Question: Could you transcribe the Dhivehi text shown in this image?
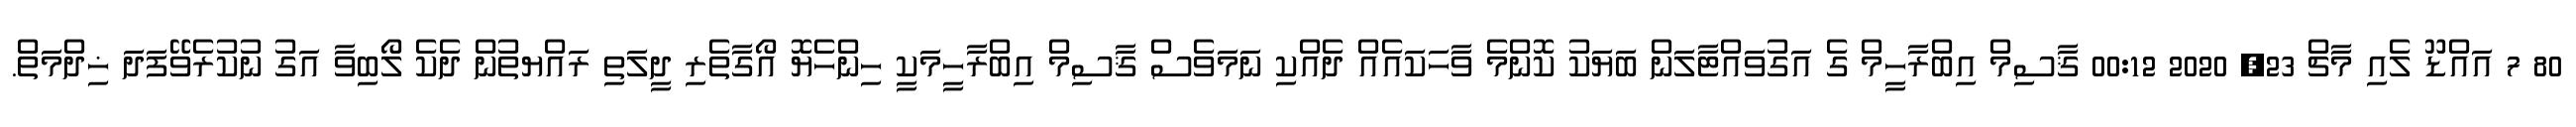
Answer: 80 7 އައްޑޫ ލެއި މާޗް 23, 2020 00:12 ޤާސިމް އިބްރާހީމް ގެ އަގުވައްޓާލަން ބަޔަކު ކޮންމެ ވާހަކައެއް ދެއްކި ނަމަވެސް ޤާސިމް އިބްރާހީމަކީ ހިންހެޔޮ އޯގާތެރި ދީލަތި ރައްޔތުން ދެކެ ލޯބިވާ އަގު ނުކުރެވޭފަދަ ޚިދްމަތް.